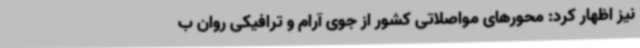
نیز اظهار کرد: محورهای مواصلاتی کشور از جوی آرام و ترافیکی روان ب